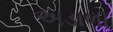
અડાળી